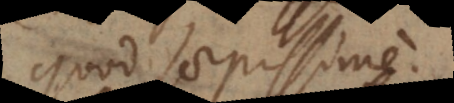
quod saepissime.